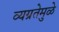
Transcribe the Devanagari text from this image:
व्यग्रतेमुळे